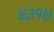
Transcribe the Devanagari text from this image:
४३१७